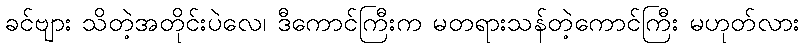
ခင်ဗျား သိတဲ့အတိုင်းပဲလေ၊ ဒီကောင်ကြီးက မတရားသန်တဲ့ကောင်ကြီး မဟုတ်လား